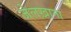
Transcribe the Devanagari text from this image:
जेलख़ाना